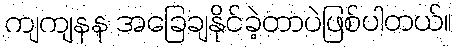
ကျကျနန အခြေချနိုင်ခဲ့တာပဲဖြစ်ပါတယ်။